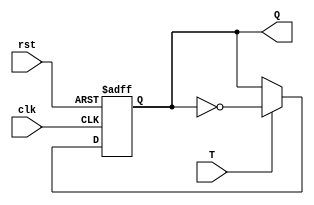
`timescale 1ns / 1ps
//////////////////////////////////////////////////////////////////////////////////
// Company: 
// Engineer: 
// 
// Design Name: 
// Module Name:    FFT 
// Project Name: 
// Target Devices: 
// Tool versions: 
// Description: 
//
// Dependencies: 
//
// Revision: 
// Revision 0.01 - File Created
// Additional Comments: 
//
//////////////////////////////////////////////////////////////////////////////////
module FFT(clk, rst, T, Q);
	input clk, rst, T; 
	output reg Q;  
  
  always @ (posedge clk or posedge rst) 
   
    if (rst)  
      Q = 1;  
    else if (T)  
      Q = ~Q;  
    else  
      Q = Q;  
   
  
endmodule